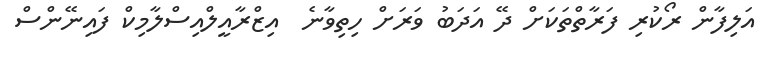
އަލިފާން ރޯކުރި ފަރާތްތަކަށް ދޭ އަދަބު ވަރަށް ހިތިވާނެ  އިޒްރާއީލްއިސްލާމިކް ފައިނޭންސް